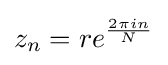
z_{n}=re^{\frac {2\pi in}{N}}